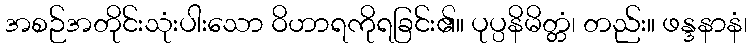
အစဉ်အတိုင်းသုံးပါးသော ဝိဟာရကိုရခြင်း၏။ ပုပ္ပနိမိတ္တံ၊ တည်း။ ဖန္ဒနာနံ၊